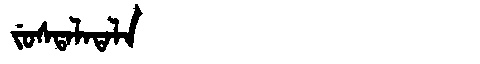
Manchu: ᠵᡠᠰᡨᠠᠯᠠᡨᠠᠯᠠ
Romanization: JUSTALATALA